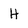
Character: H